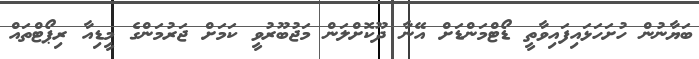
ބަޔާނުން ހުށަހަޅައިފައިވާތީ ޑޯޓްމަންޑަށް އޭނާ ދޫކޮށްލަން މަޖުބޫރުވީ ކަމަށް ޖަރުމަންގެ މީޑިއާ ރިޕޯޓްތައް